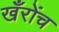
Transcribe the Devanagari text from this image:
खँरोंच